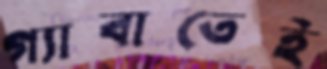
গ্যাবাতেই